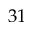
3 1